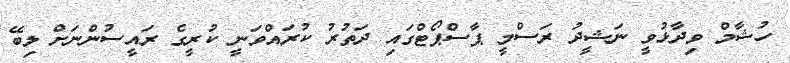
ހުޝާމް ވިދާޅުވީ ނަޝީދު ރަސްމީ ޕާސްޕޯޓްގައި ދަތުރު ކުރައްވަނީ ކުރީގެ ރައީސުންނަށް ލިބޭ